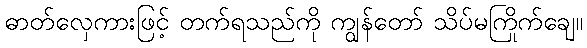
ဓာတ်လှေကားဖြင့် တက်ရသည်ကို ကျွန်တော် သိပ်မကြိုက်ချေ။